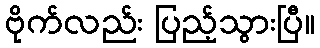
ဗိုက်လည်း ပြည့်သွားပြီ။